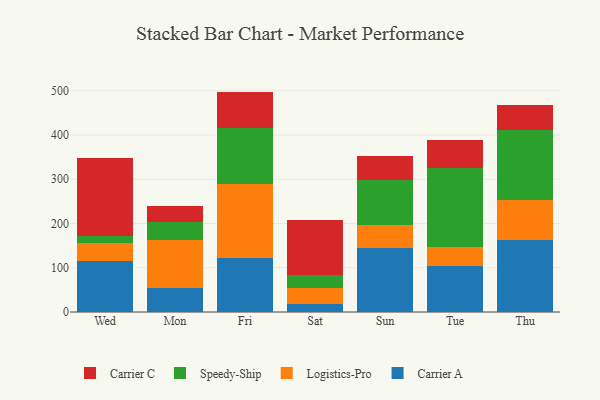
{"axis": {"x": "Day", "y": "Shipments"}, "legend": ["Carrier A", "Carrier C", "Logistics-Pro", "Speedy-Ship"], "data": [{"x": "Wed", "y": 115.5, "type": "Carrier A"}, {"x": "Wed", "y": 41.5, "type": "Logistics-Pro"}, {"x": "Wed", "y": 13.8, "type": "Speedy-Ship"}, {"x": "Wed", "y": 176.7, "type": "Carrier C"}, {"x": "Mon", "y": 54.0, "type": "Carrier A"}, {"x": "Mon", "y": 107.9, "type": "Logistics-Pro"}, {"x": "Mon", "y": 41.5, "type": "Speedy-Ship"}, {"x": "Mon", "y": 36.0, "type": "Carrier C"}, {"x": "Fri", "y": 122.2, "type": "Carrier A"}, {"x": "Fri", "y": 166.7, "type": "Logistics-Pro"}, {"x": "Fri", "y": 126.3, "type": "Speedy-Ship"}, {"x": "Fri", "y": 82.8, "type": "Carrier C"}, {"x": "Sat", "y": 17.1, "type": "Carrier A"}, {"x": "Sat", "y": 38.2, "type": "Logistics-Pro"}, {"x": "Sat", "y": 27.5, "type": "Speedy-Ship"}, {"x": "Sat", "y": 126.1, "type": "Carrier C"}, {"x": "Sun", "y": 144.0, "type": "Carrier A"}, {"x": "Sun", "y": 52.1, "type": "Logistics-Pro"}, {"x": "Sun", "y": 101.5, "type": "Speedy-Ship"}, {"x": "Sun", "y": 54.5, "type": "Carrier C"}, {"x": "Tue", "y": 103.6, "type": "Carrier A"}, {"x": "Tue", "y": 43.9, "type": "Logistics-Pro"}, {"x": "Tue", "y": 177.3, "type": "Speedy-Ship"}, {"x": "Tue", "y": 62.8, "type": "Carrier C"}, {"x": "Thu", "y": 163.0, "type": "Carrier A"}, {"x": "Thu", "y": 89.1, "type": "Logistics-Pro"}, {"x": "Thu", "y": 159.7, "type": "Speedy-Ship"}, {"x": "Thu", "y": 56.9, "type": "Carrier C"}]}